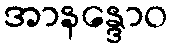
အာနန္ဒောဝ